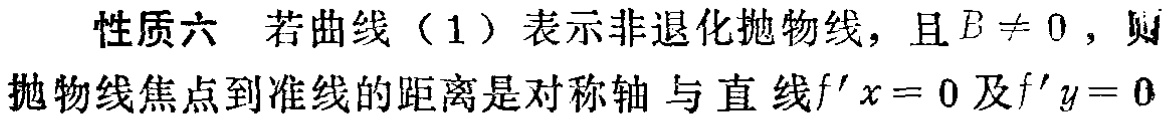
性质六 若曲线（1）表示非退化抛物线，且\(B \neq 0\)，则抛物线焦点到准线的距离是对称轴与直线\(f^{\prime}x = 0\)及\(f^{\prime}y = 0\)